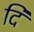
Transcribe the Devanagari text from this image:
दिं